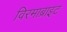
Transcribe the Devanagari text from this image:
विरमाब्राइट